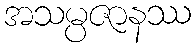
အသမ္ပဇာနဿ